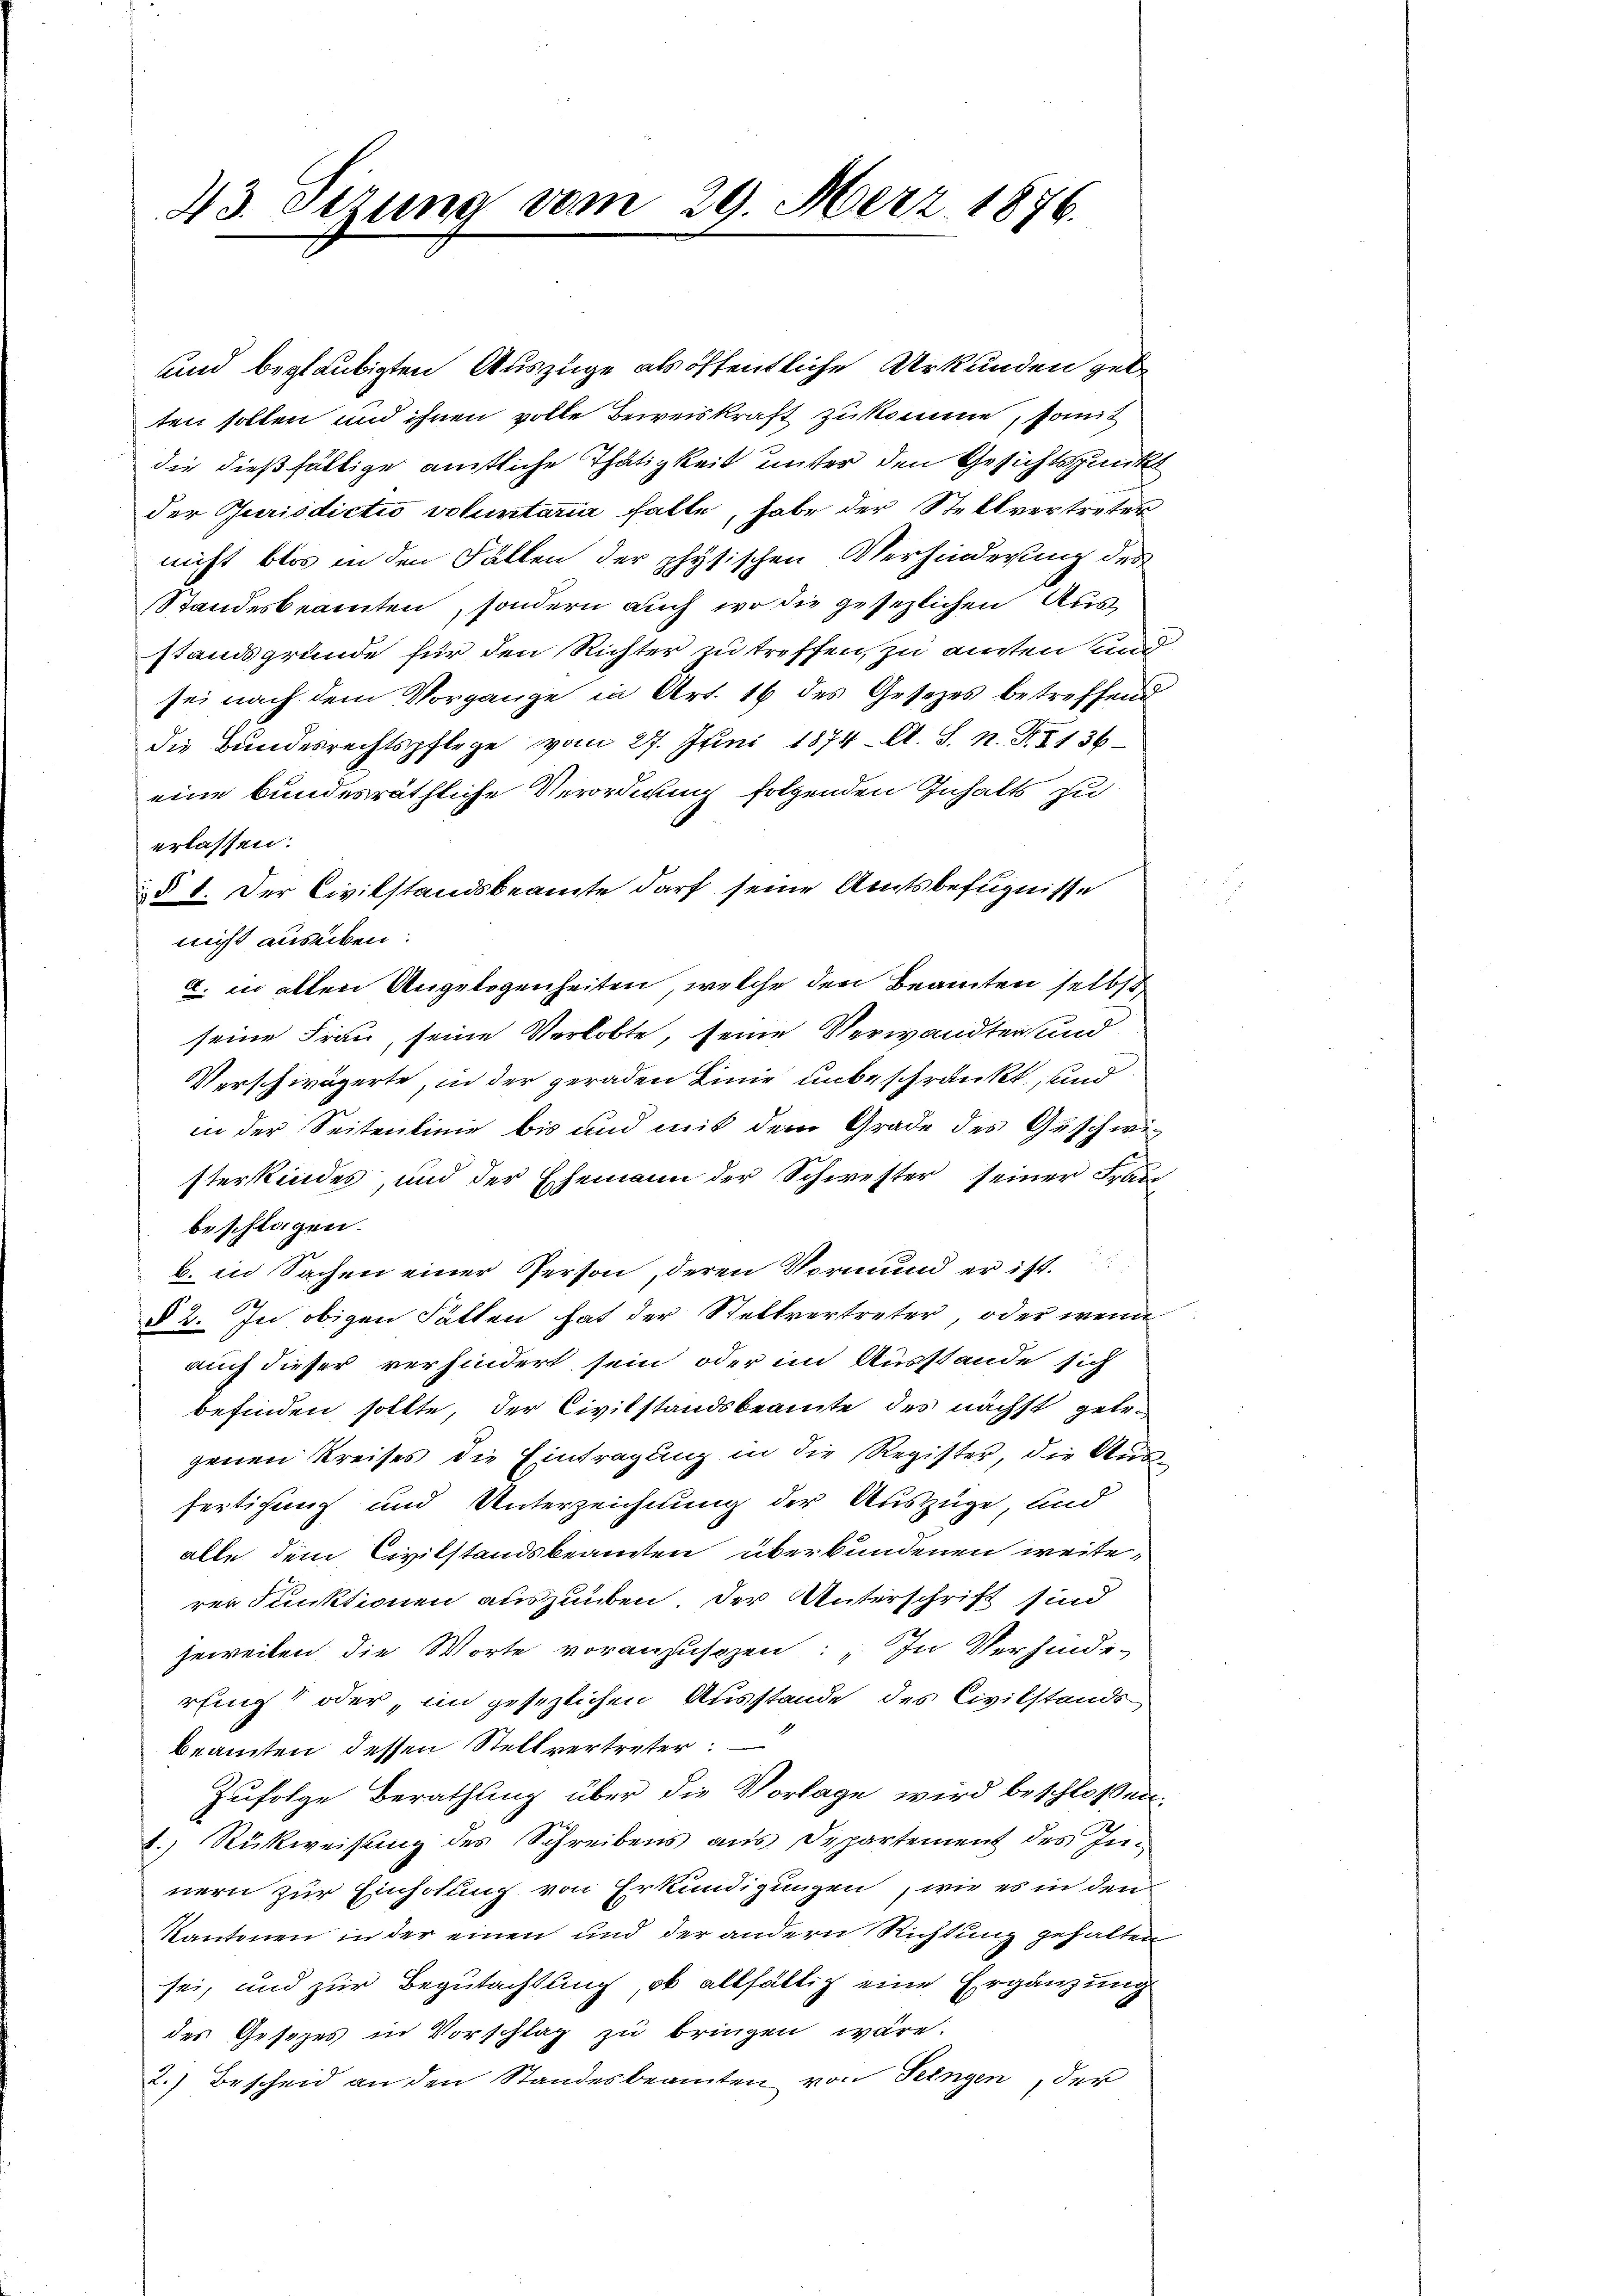
43. Stzung vom 29. März 1876.

und beglaubigten Auszüge als öffentliche Urkunden gelten sollen und ihnen volle Beweiskraft zukomme, somit
die dießfällige amtliche Thätigkeit unter den Gesichtspunkt
der Jurisdicti voluntaria falle, habe der Stellvertreter
nicht blos in den Fällen der physischen Verhinderung des
Standesbeamten, sondern auch wo die gesezlichen Ausstandsgründe für den Richter zu treffen, zu anten und
sei nach dem Vorgange in Art. 16 des Gesetzes betreffend
die Bundesrechtspflege vom 27. Juni 1874. A. S. N. N. 1136
eine bundesräthliche Verordnung folgenden Inhalts zu
erlassen.
§ 1. Der Civilstandsbeamte darf seine Amtsbefugnisse
nicht ausüben.
a. in allen Angelogenheiten, welche den Beamten selbst
seine Frau, seine Verlobte, seine Verwandter und
Verschwägerte, in der geraden Linie unbeschränkt, und
in der Seitenlinie bis und mit dem Grade des Geschwe-
sterkindes, und der Ehemann der Schwester seiner Frau
beschlagen.
b. in Sachen einer Person, deren Vormund er ist.
§ 2. In obigen Fällen hat der Stellvertreter, oder wenn
auch dieser verhindert sein oder im Ausstande sich
befinden sollte, der Civilstandsbeamte der nächst gelegenen Kreises die Eintragung in die Register, die Ausfertigung und Unterzeichnung der Auszüge, und
alle dem Civilstandsbeamten überbundenen weiterer Funktionen auszuüben. Der Unterschrift sind
jeweilen die Worte voranzusehen: „In Verhinde-
rfing oder, im gesezlichen Ausstande des Civilstands
beamten dessen Stellvertreter:
Zufolge Berathung über die Vorlage wird beschloßen:
8.) Rückweisung des Schreibens aus Departement des Innern zur Einholung von Erkundigungen, wie es in den
Kantonen in der einen und der andern Richtung gehalten
sei, und zur Begutachtung, ob allfällig eine Ergänzung
des Gesezes in Vorschlag zu bringen wäre.
2.) Bescheid an den Standesbeamten von Seingen, der